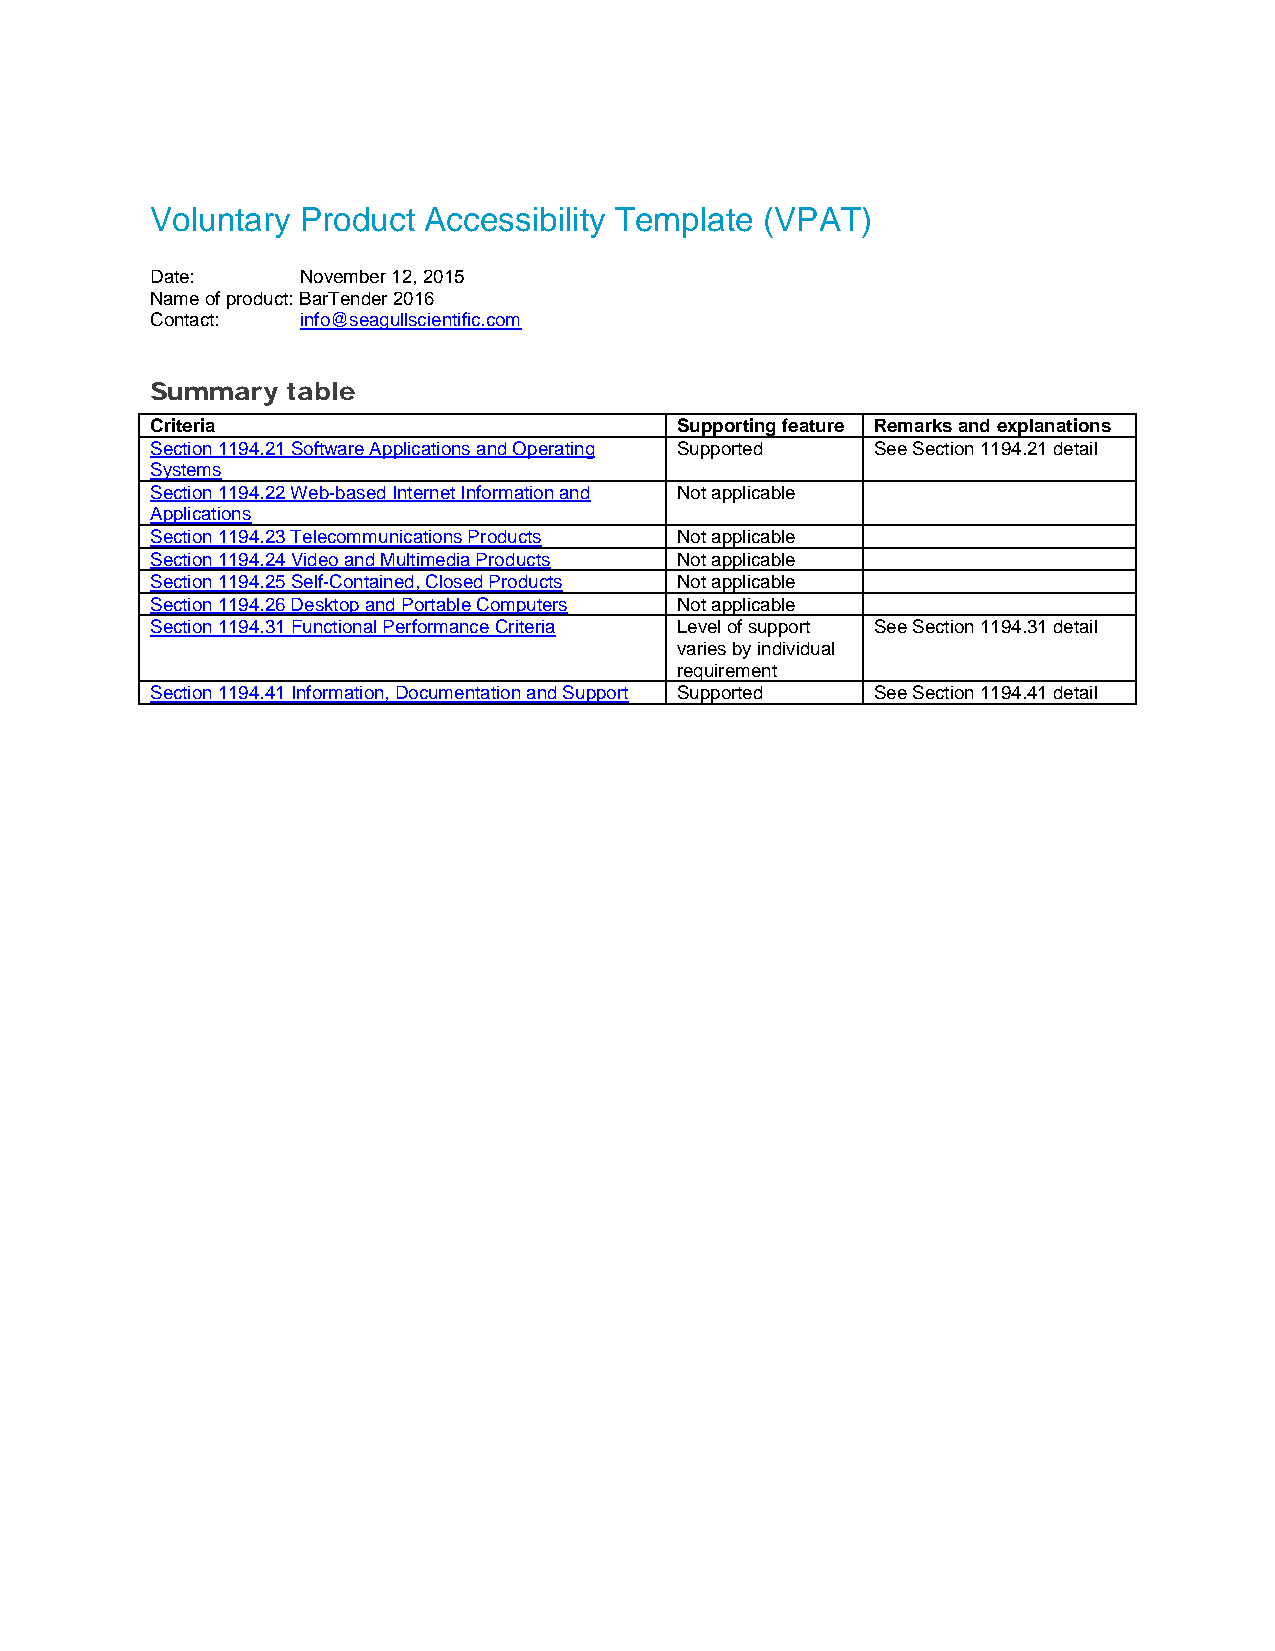
Voluntary Product Accessibility Template (VPAT)
 Date:     November 12, 2015
 Name of product: BarTender 2016
 Contact:  info@seagullscientific.com
 Summary  table
 Criteria                           Supporting feature Remarks and explanations
 Section 1194.21 Software Applications and Operating Supported See Section 1194.21 detail
 Systems
 Section 1194.22 Web-based Internet Information and Not applicable
 Applications
 Section 1194.23 Telecommunications Products Not applicable
 Section 1194.24 Video and Multimedia Products Not applicable
 Section 1194.25 Self-Contained, Closed Products Not applicable
 Section 1194.26 Desktop and Portable Computers Not applicable
 Section 1194.31 Functional Performance Criteria Level of support See Section 1194.31 detail
 varies by individual
 requirement
 Section 1194.41 Information, Documentation and Support Supported See Section 1194.41 detail